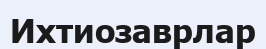
Ихтиозаврлар